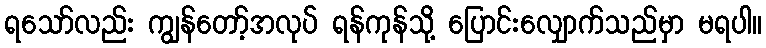
ရသော်လည်း ကျွန်တော့်အလုပ် ရန်ကုန်သို့ ပြောင်းလျှောက်သည်မှာ မရပါ။